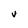
Character: V